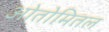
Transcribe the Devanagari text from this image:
ओतोमितल